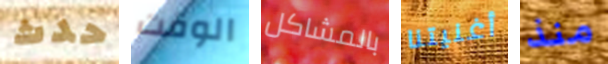
حدث الوقت بالمشاكل أغنيتنا منذ